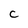
Character: C